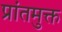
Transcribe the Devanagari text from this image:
प्रांतमुक्त